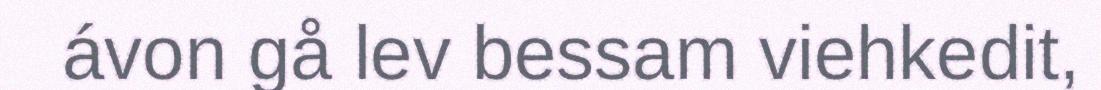
ávon gå lev bessam viehkedit,